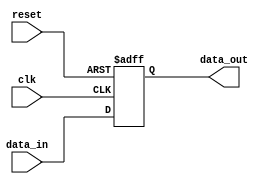
`timescale 1ns / 1ps
//////////////////////////////////////////////////////////////////////////////////
// Company: 
// Engineer: 
// 
// Design Name: 
// Module Name: REGISTRO_SENCILLO
// Project Name: 
// Target Devices: 
// Tool Versions: 
// Description: 
// 
// Dependencies: 
// 
// Revision:
// Revision 0.01 - File Created
// Additional Comments:
// 
//////////////////////////////////////////////////////////////////////////////////


module REGISTRO_SENCILLO(
	input wire clk,
	input wire reset,
	input wire [7:0] data_in,
	output reg [7:0] data_out
   );
	
	always @(posedge clk, posedge reset) begin
      if (reset) begin
         data_out <= 8'b00000000;
      end else begin
			data_out <= data_in;
		end
	end
endmodule